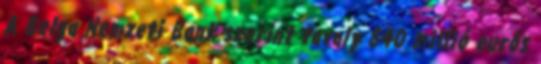
A Belga Nemzeti Bank szerint tavaly 840 millió eurós